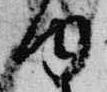
内